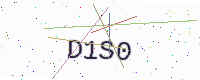
Text: D1S0